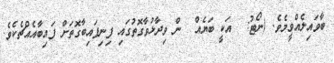
ބާވައިލެއްވީމެވެ. (ނޯޓު:  އަކީ ބަޔެއް  ން ވިދާޅުވާގޮތުގައި ފިނިފައިބާގޮތަށް ފައިބާއެއްޗެކެވެ.